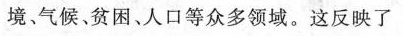
境、气候,贫困、人口等众多领域。这反映了